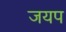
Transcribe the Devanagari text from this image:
जयप